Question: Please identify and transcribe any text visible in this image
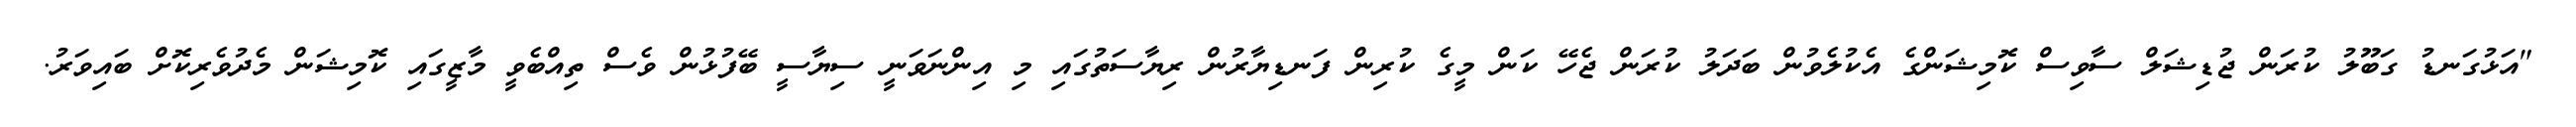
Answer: "އަޅުގަނޑު ގަބޫލު ކުރަން ޖުޑިޝަލް ސާވިސް ކޮމިޝަންގެ އެކުލެވުން ބަދަލު ކުރަން ޖެހޭ ކަން މީގެ ކުރިން ފަނޑިޔާރުން ރިޔާސަތުގައި މި އިންނަވަނީ ސިޔާސީ ބޭފުޅުން ވެސް ތިއްބެވީ މާޒީގައި ކޮމިޝަން މެދުވެރިކޮށް ބައިވަރު.